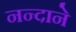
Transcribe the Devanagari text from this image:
नन्दाने